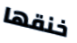
خنقها